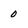
Character: 0